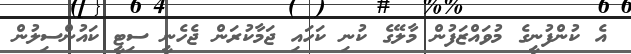
އެ ކުންފުނީގެ މުވައްޒަފުން މާލޭގެ ކުނި ކަހައި ޖަމާކުރަން ޖެހެނީ ސިޓީ ކައުންސިލުން